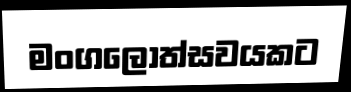
මංගලෝත්සවයකට